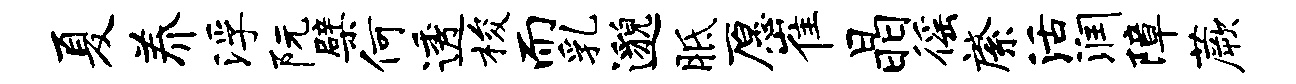
夏养浮阮檗何透梭而乳邈胝愿崔晶徭綮活润障蕨